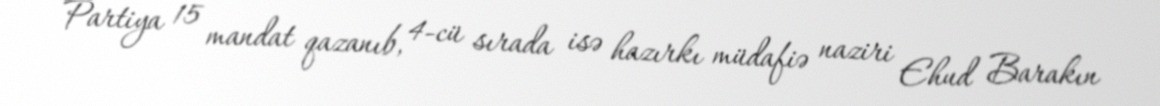
Partiya 15 mandat qazanıb, 4-cü sırada isə hazırkı müdafiə naziri Ehud Barakın